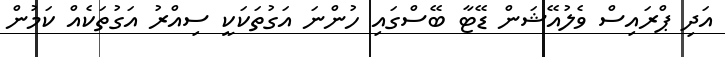
އަދި ޕްރައިސް ވެލުއޭޝަން ޑޭޓާ ބޭސްގައި ހުންނަ އަގުތަކަކީ ސިއްރު އަގުތަކެއް ކަމުން